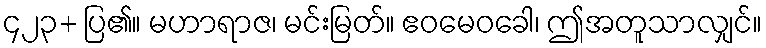
၄၂၃+ ပြ၏။ မဟာရာဇ၊ မင်းမြတ်။ ဧဝမေဝခေါ၊ ဤအတူသာလျှင်။